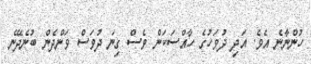
ހުންނާނެ އެވެ. އަދި ދުވަހުގެ ހާއްސަކަން ވެސް ގިނަ ދުވަސް ވަންދެން ބުނެދޭނެ